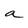
Character: a